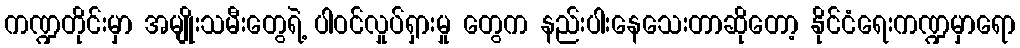
ကဏ္ဍတိုင်းမှာ အမျိုးသမီးတွေရဲ့ ပါဝင်လှုပ်ရှားမှု တွေက နည်းပါးနေသေးတာဆိုတော့ နိုင်ငံရေးကဏ္ဍမှာရော